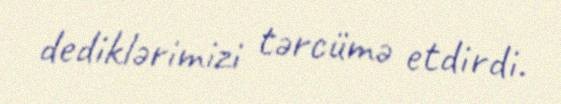
dediklərimizi tərcümə etdirdi.